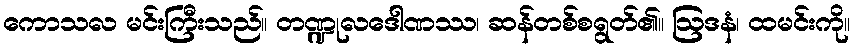
ကောသလ မင်းကြီးသည်။ တဏ္ဍုလဒေါဏဿ၊ ဆန်တစ်စရွတ်၏။ ဩဒနံ၊ ထမင်းကို။